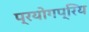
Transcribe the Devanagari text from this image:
प्रयोगप्रिय